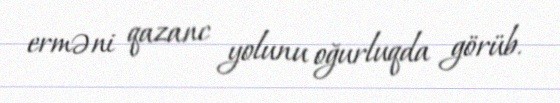
erməni qazanc yolunu oğurluqda görüb.